Civil Veterinary Department Bengal reports 1923-33 - 1923-1933
Year: 1923
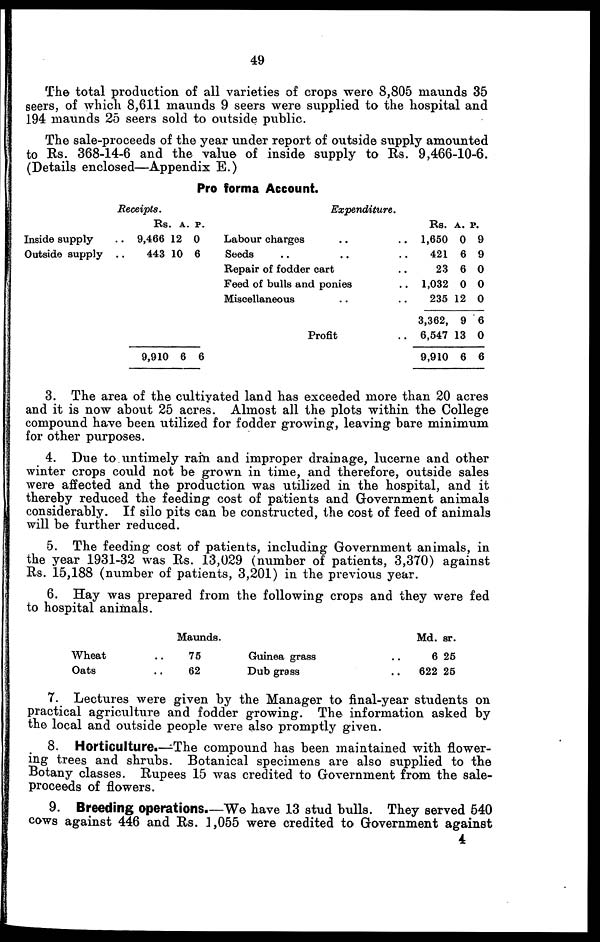
49
The total production of all varieties of crops were 8,805 maunds 35
seers, of which 8,611 maunds 9 seers were supplied to the hospital and
194 maunds 25 seers sold to outside public.
The sale-proceeds of the year under report of outside supply amounted
to Rs. 368-14-6 and the value of inside supply to Rs. 9,466-10-6.
(Details enclosed—Appendix E.)
Pro forma Account.
Inside supply
Outside supply
Receipts.
Rs. a. p.
.. 9,466 12 0
.. 443 10 6
9,910 6 6
Expenditure.
Labour charges .. ..
Seeds .. .. ..
Repair of fodder cart ..
Feed of bulls and ponies ..
Miscellaneous .. ..
Profit ..
Rs. a. p.
1,650 0 9
421 6 9
23 6 0
1,032 0 0
235 12 0
3,362, 9 6
6,547 13 0
9,910 6 6
3. The area of the cultiyated land has exceeded more than 20 acres
and it is now about 25 acres. Almost all the plots within the College
compound have been utilized for fodder growing, leaving bare minimum
for other purposes.
4. Due to untimely ram and improper drainage, lucerne and other
winter crops could not be grown in time, and therefore, outside sales
were affected and the production was utilized in the hospital, and it
thereby reduced the feeding cost of patients and Government animals
considerably. If silo pits can be constructed, the cost of feed of animals
will be further reduced.
5. The feeding cost of patients, including Government animals, in
the year 1931-32 was Rs. 13,029 (number of patients, 3,370) against
Rs. 15,188 (number of patients, 3,201) in the previous year.
6. Hay was prepared from the following crops and they were fed
to hospital animals.
Wheat
Oats
Maunds.
.. 75
.. 62
Guinea grass
Dub grass
Md. sr.
.. 6 25
.. 622 25
7. Lectures were given by the Manager to final-year students on
practical agriculture and fodder growing. The information asked by
the local and outside people were also promptly given.
8. Horticulture.—The compound has been maintained with flower-
ing trees and shrubs. Botanical specimens are also supplied to the
Botany classes. Rupees 15 was credited to Government from the sale-
proceeds of flowers.
9. Breeding operations.—We have 13 stud bulls. They served 540
cows against 446 and Rs. 1,055 were credited to Government against
4